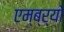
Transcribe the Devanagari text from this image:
एम्ब्र्यो